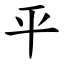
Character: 平